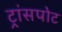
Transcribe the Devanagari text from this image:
ट्रांसपोट